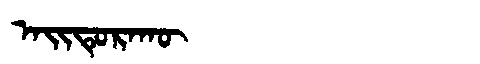
Manchu: ᠠᡳᡨᡠᡵᠠᡴᡡ
Romanization: AITURAKŪ